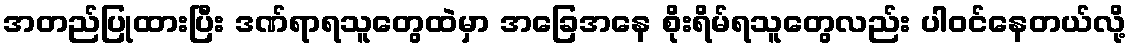
အတည်ပြုထားပြီး ဒဏ်ရာရသူတွေထဲမှာ အခြေအနေ စိုးရိမ်ရသူတွေလည်း ပါဝင်နေတယ်လို့